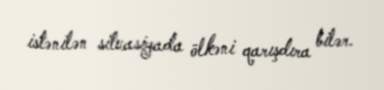
istənilən situasiyada ölkəni qarışdıra bilər.